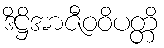
ဒိဋ္ဌိအာဇီဝဝိပတ္တိ